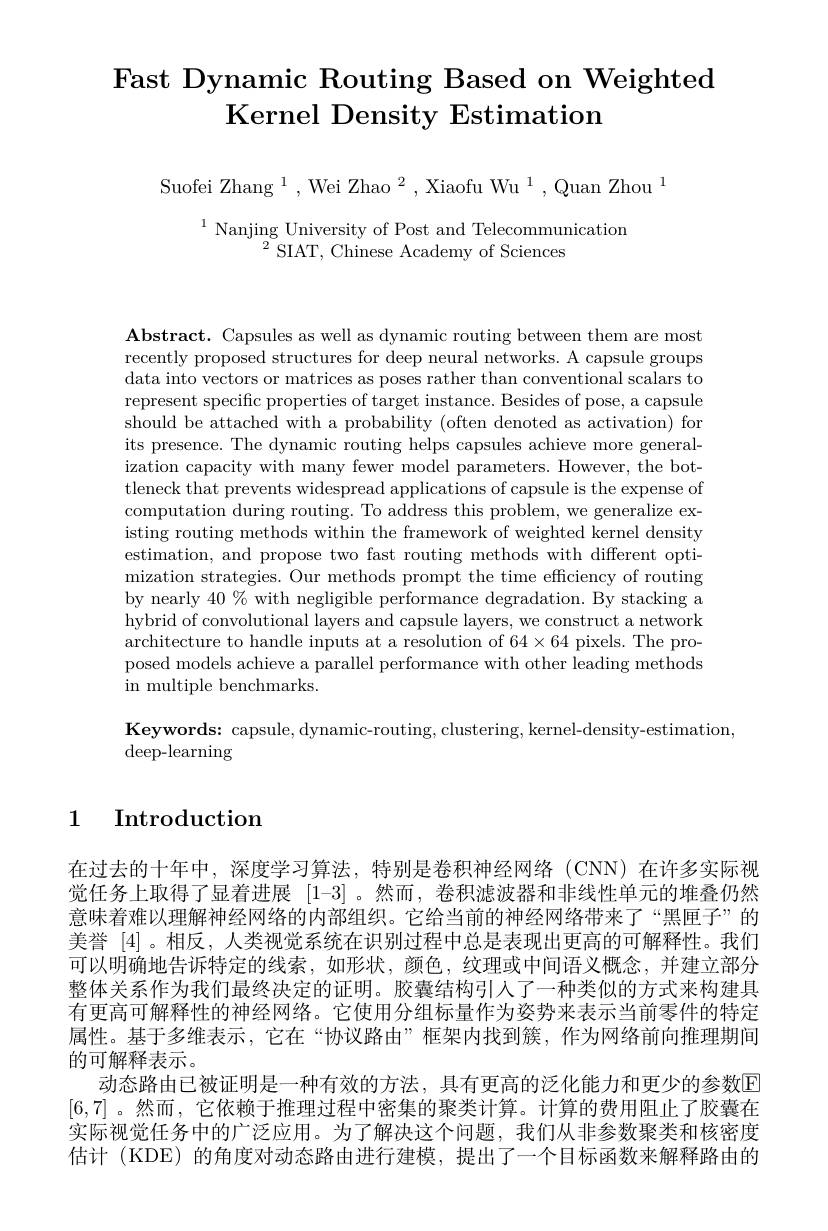
# Fast Dynamic Routing Based on Weighted Kernel Density Estimation

Suofei Zhang $^1,\text{WeiZhao}^2,\text{XiaofuWu}^1,\text{QuanZhou}^1$

$^{1}\underset{2}{\operatorname*{\text{Nanjing University of Post and Telecommunication}}}$
$^{2}$SIAT, Chinese Academy of Sciences

$\mathbf{Abstract.~Capsules~as~well~as~dynamic~routing~between~them~are~most}$ recently proposed structures for deep neural networks. A capsule groups data into vectors or matrices as poses rather than conventional scalars to represent specific properties of target instance. Besides of pose, a capsule should be attached with a probability (often denoted as activation) for its presence. The dynamic routing helps capsules achieve more generalization capacity with many fewer model parameters. However, the bottleneck that prevents widespread applications of capsule is the expense of computation during routing. To address this problem, we generalize existing routing methods within the framework of weighted kernel density estimation, and propose two fast routing methods with different optimization strategies. Our methods prompt the time efficiency of routing by nearly 40 % with negligible performance degradation. By stacking a hybrid of convolutional layers and capsule layers, we construct a network architecture to handle inputs at a resolution of $64\times64$ pixels. The proposed models achieve a parallel performance with other leading methods in multiple benchmarks.

$\mathbf{Keywords:~capsule,dynamic-routing,clustering,kernel-density-estimation,}$
$\operatorname{deep-learning}$

# 1 Introduction

在过去的十年中，深度学习算法，特别是卷积神经网络(CNN)在许多实际视觉任务上取得了显着进展 [1-3] 。然而，卷积滤波器和非线性单元的堆叠仍然意味着难以理解神经网络的内部组织。它给当前的神经网络带来了“黑匣子”的美誉[4]。相反，人类视觉系统在识别过程中总是表现出更高的可解释性。我们可以明确地告诉特定的线索，如形状，颜色，纹理或中间语义概念，并建立部分整体关系作为我们最终决定的证明。胶囊结构引人了一种类似的方式来构建具有更高可解释性的神经网络。它使用分组标量作为姿势来表示当前零件的特定属性。基于多维表示，它在“协议路由”框架内找到簇，作为网络前向推理期间的可解释表示。
动态路由已被证明是一种有效的方法，具有更高的泛化能力和更少的参数E [6,7] 。然而，它依赖于推理过程中密集的聚类计算。计算的费用阻止了胶囊在实际视觉任务中的广泛应用。为了解决这个问题，我们从非参数聚类和核密度估计 (KDE) 的角度对动态路由进行建模，提出了一个目标函数来解释路由的